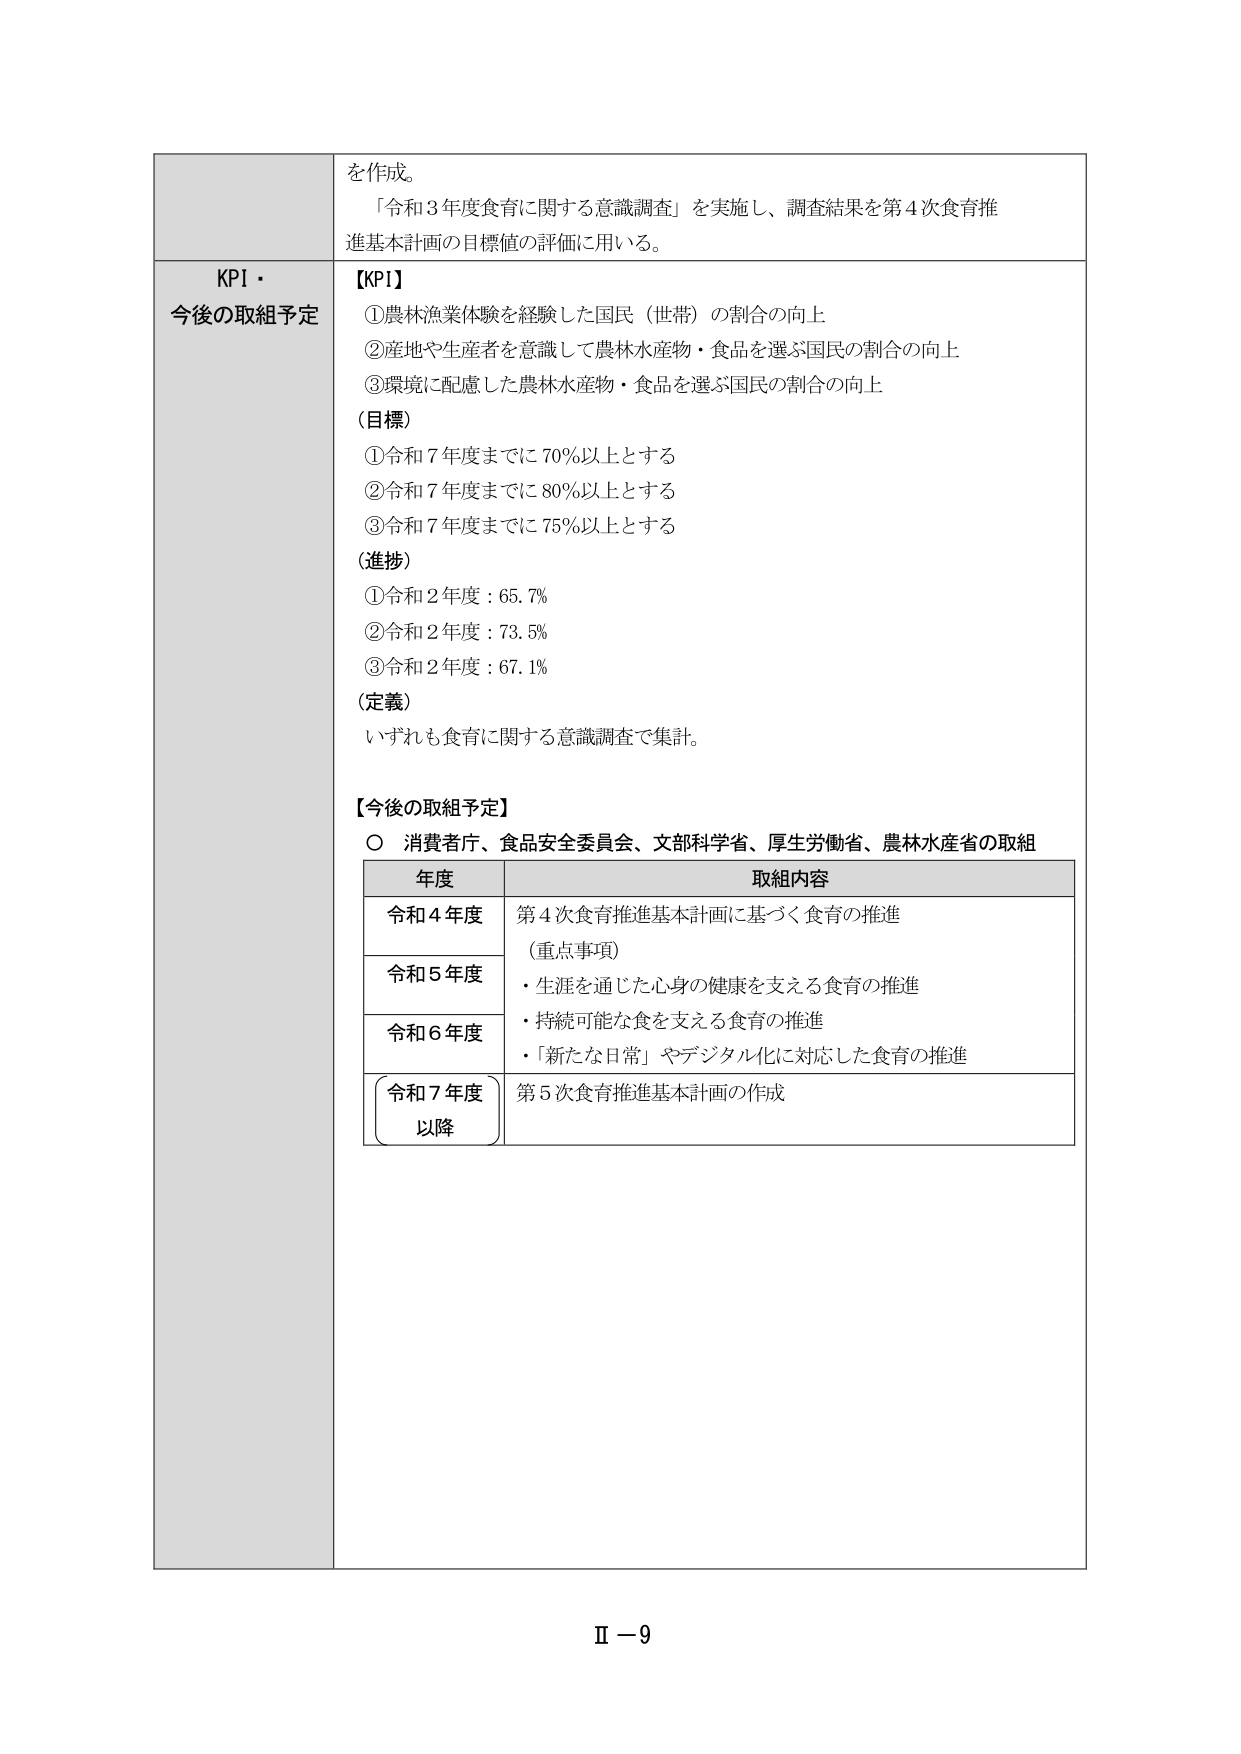
を作成。
「令和３年度食育に関する意識調査」を実施し、調査結果を第４次食育推進基本計画の目標値の評価に用いる。

KPI・
今後の取組予定

【KPI】
①農林漁業体験を経験した国民（世帯）の割合の向上
②産地や生産者を意識して農林水産物・食品を選ぶ国民の割合の向上
③環境に配慮した農林水産物・食品を選ぶ国民の割合の向上

（目標）
①令和７年度までに70％以上とする
②令和７年度までに80％以上とする
③令和７年度までに75％以上とする

（進捗）
①令和２年度：65.7％
②令和２年度：73.5％
③令和２年度：67.1％

（定義）
いずれも食育に関する意識調査で集計。

【今後の取組予定】
○ 消費者庁、食品安全委員会、文部科学省、厚生労働省、農林水産省の取組

年度 取組内容
令和４年度 第４次食育推進基本計画に基づく食育の推進
（重点事項）
令和５年度 ・生涯を通じた心身の健康を支える食育の推進
令和６年度 ・持続可能な食を支える食育の推進
・「新たな日常」やデジタル化に対応した食育の推進
令和７年度
以降 第５次食育推進基本計画の作成

Ⅱ－9